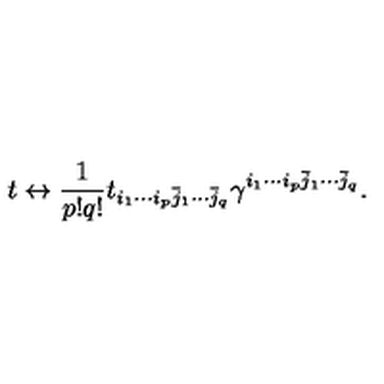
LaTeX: t \leftrightarrow \frac { 1 } { p ! q ! } t _ { i _ { 1 } \cdots i _ { p } \bar { j } _ { 1 } \cdots \bar { j } _ { q } } \gamma ^ { i _ { 1 } \cdots i _ { p } \bar { j } _ { 1 } \cdots \bar { j } _ { q } } .